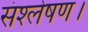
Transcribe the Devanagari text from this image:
संश्लेषण।